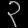
Digit: ၃